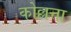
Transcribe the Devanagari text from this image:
कोल्लत्ता